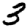
Digit: 3